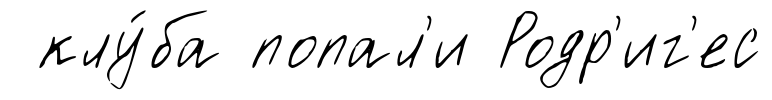
клу́ба попал'и Родр'иг'ес